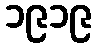
၁၉၁၉